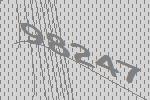
98247